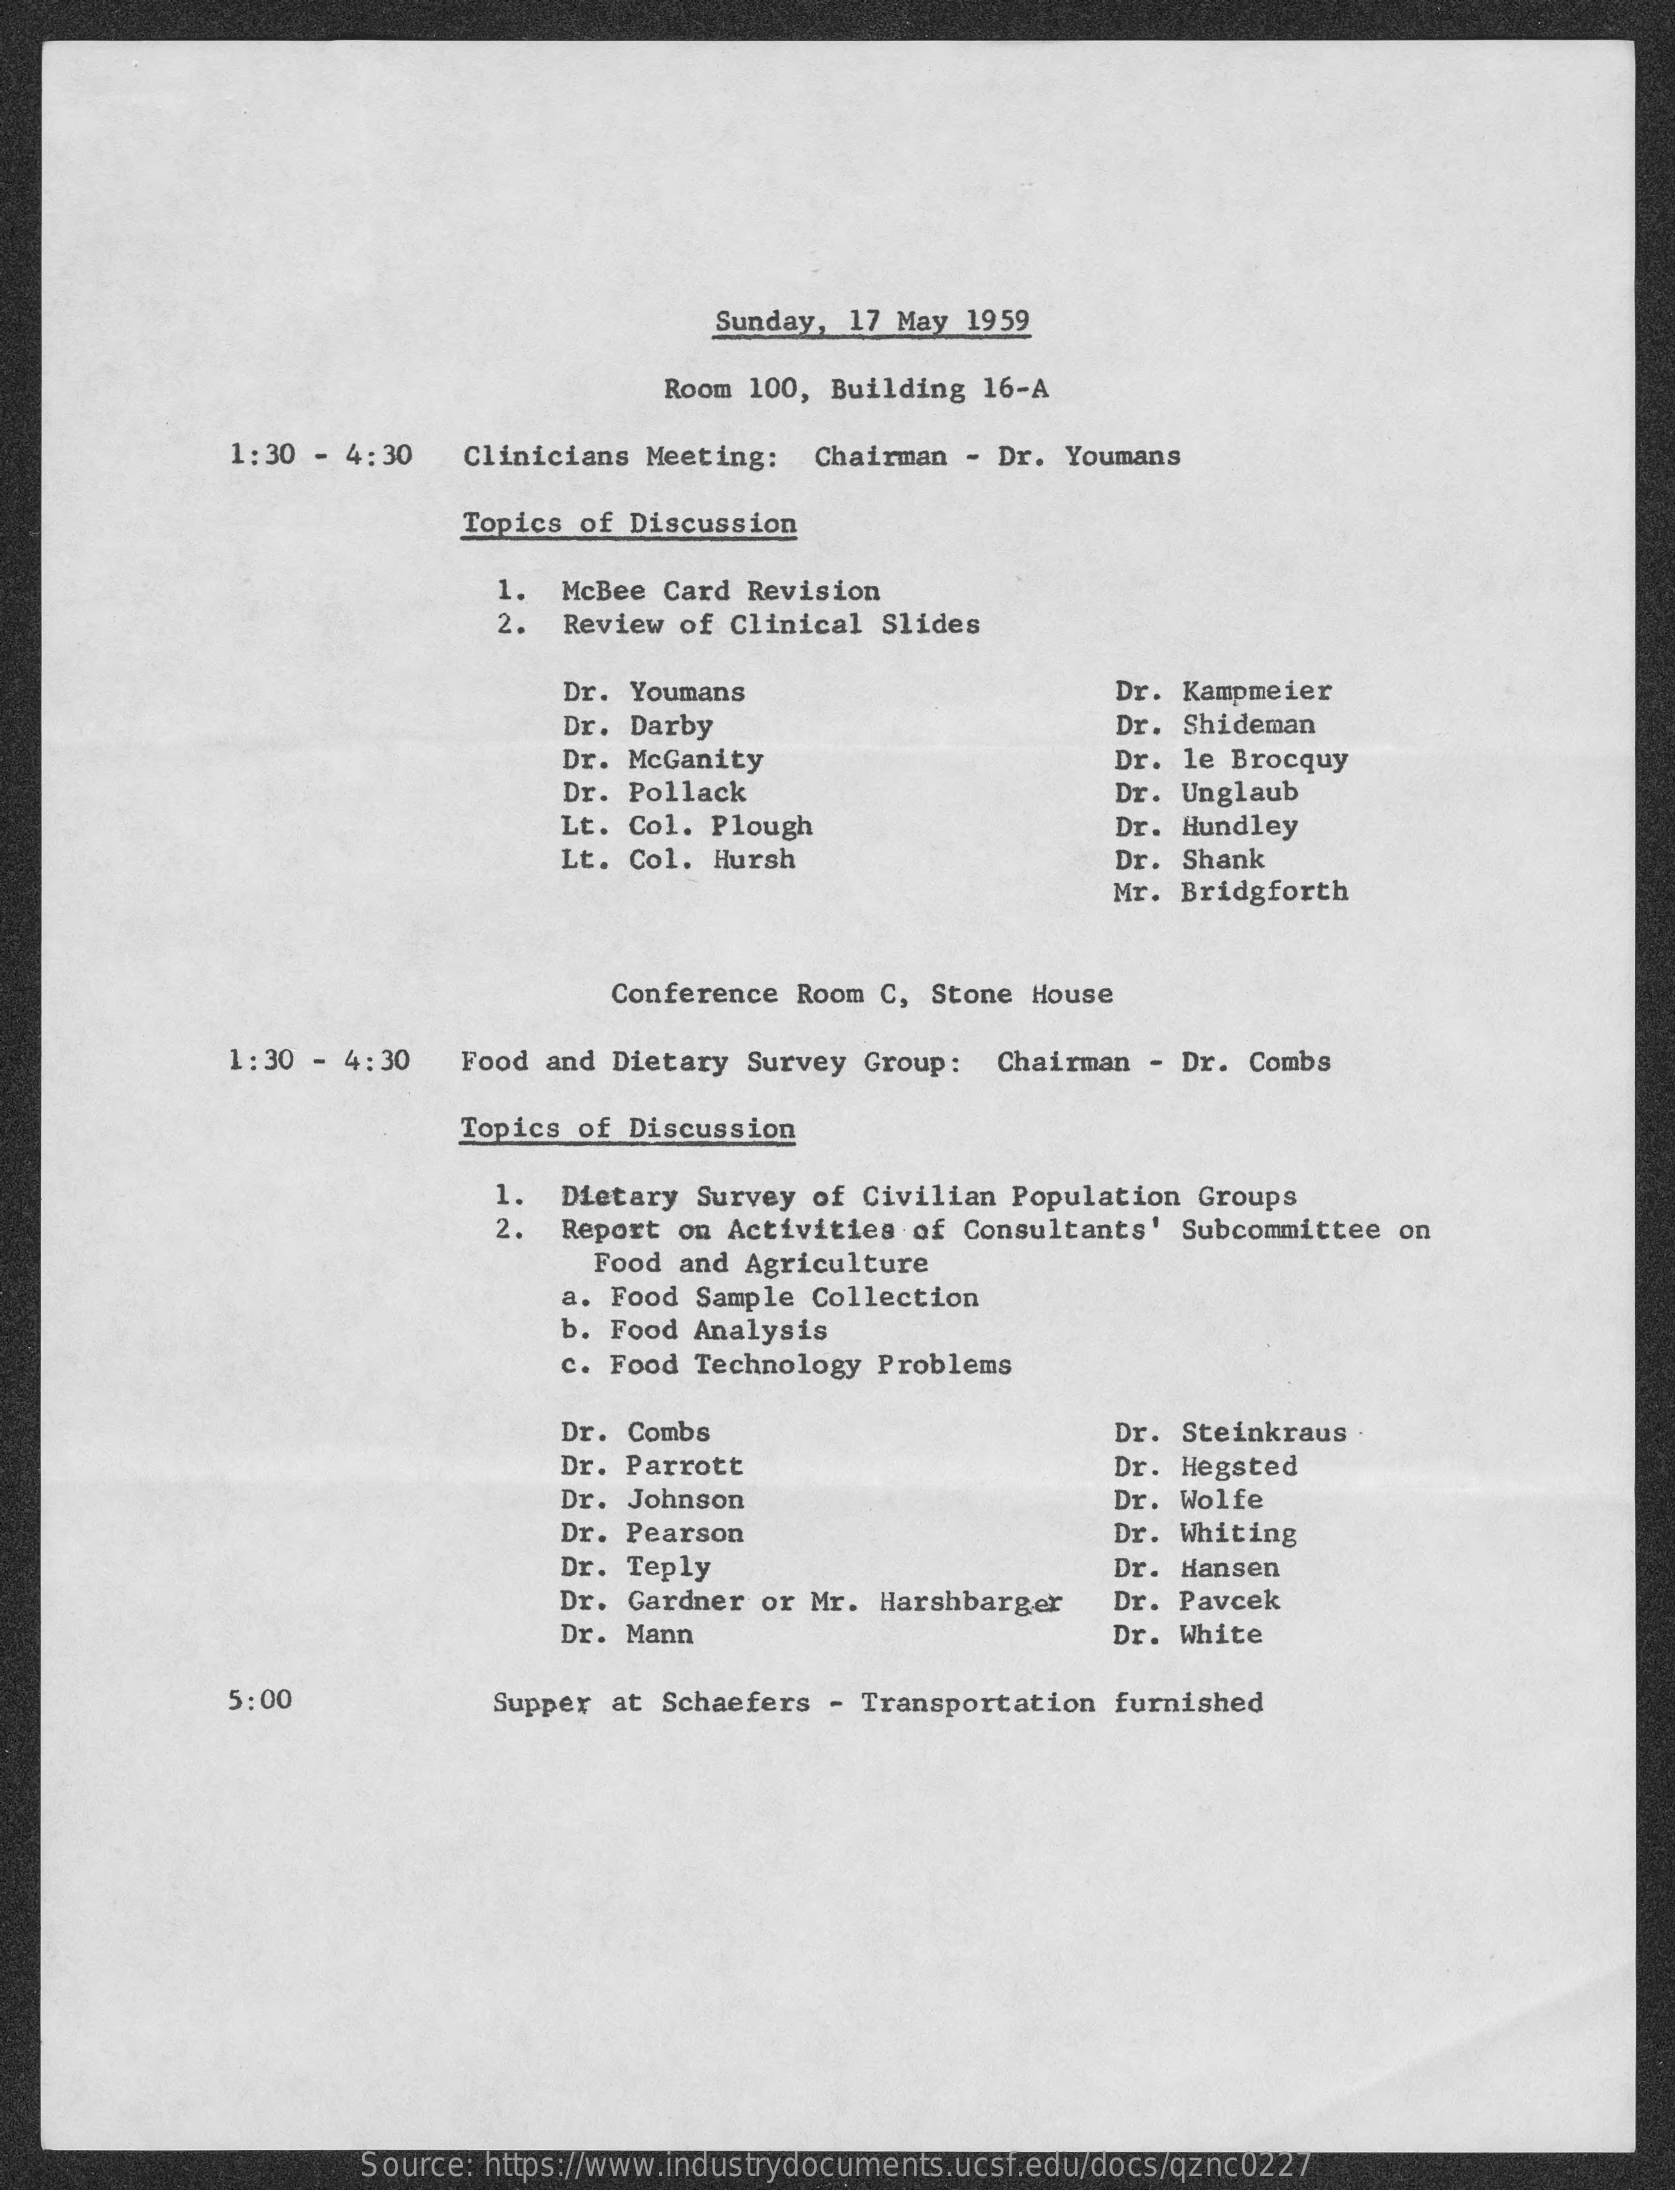
Sunday, 17 May 1959
     Room 100, Building  16-A
     1:30 - 4:30   Clinicians Meeting:  Chairman  - Dr. Youmans
     Topics of Discussion
     1.
     2.
     McBee Card Revision
     Review of Clinical  Slides
     Dr. Youmans    Dr. Kampmeier
     Dr. Darby    Dr. Shideman
     Dr. McGanity    Dr. le Brocquy
     Dr. Pollack    Dr. Unglaub
     Lt. Col. Plough    Dr. Hundley
     Lt. Col. Hursh    Dr. Shank
     Mr. Bridgforth
     Conference Room C,  Stone House
     1:30 - 4:30   Food and Dietary Survey  Group:  Chairman - Dr. Combs
     Topics of Discussion
     1.  Dietary Survey of Civilian  Population Groups
     2.  Report on Activities  of Consultants' Subcommittee  on
     Food and Agriculture
     a. Food Sample Collection
     b. Food Analysis
     c. Food Technology Problems
     Dr. Combs    Dr. Steinkraus
     Dr. Parrott    Dr. Hegsted
     Dr. Johnson    Dr. Wolfe
     Dr. Pearson    Dr. Whiting
     Dr. Teply    Dr. Hansen
     Dr. Gardner or Mr. Harshbarger    Dr. Pavcek
     Dr. Mann    Dr. White
     5:00    Supper at Schaefers - Transportation  furnished
     Source: https://www.industrydocuments.ucsf.edu/docs/qznc0227